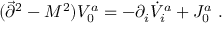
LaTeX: ( \vec { \partial } ^ { 2 } - M ^ { 2 } ) V _ { 0 } ^ { a } = - \partial _ { i } \dot { V } _ { i } ^ { a } + J _ { 0 } ^ { a } ~ .